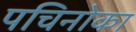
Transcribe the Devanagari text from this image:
पचिनोका